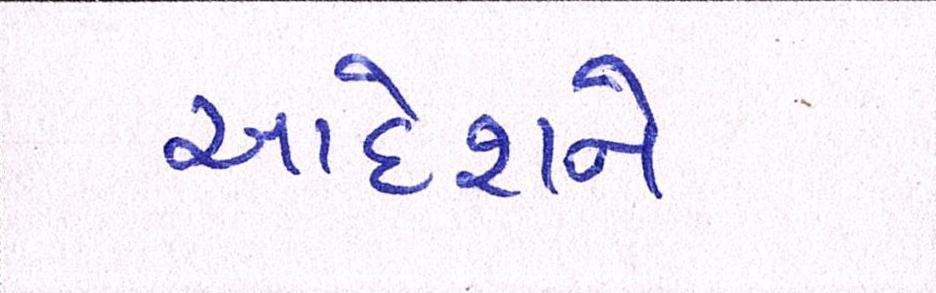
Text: આદેશને